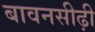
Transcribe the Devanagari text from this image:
बावनसीढ़ी